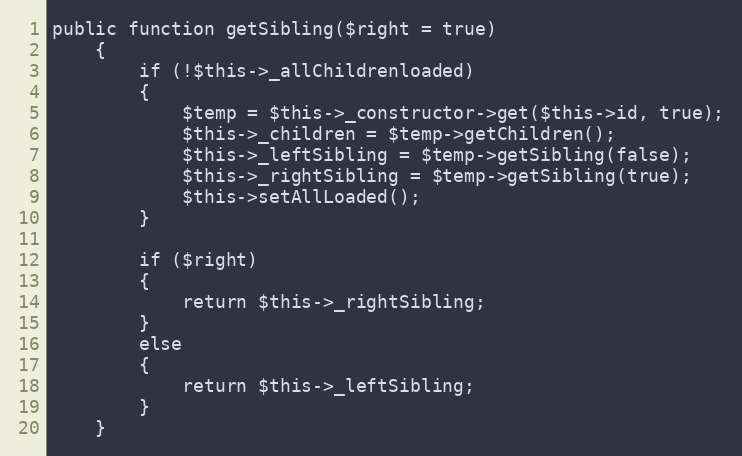
Language: PHP
public function getSibling($right = true)
	{
		if (!$this->_allChildrenloaded)
		{
			$temp = $this->_constructor->get($this->id, true);
			$this->_children = $temp->getChildren();
			$this->_leftSibling = $temp->getSibling(false);
			$this->_rightSibling = $temp->getSibling(true);
			$this->setAllLoaded();
		}

		if ($right)
		{
			return $this->_rightSibling;
		}
		else
		{
			return $this->_leftSibling;
		}
	}